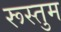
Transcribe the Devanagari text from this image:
रूस्तुम